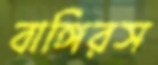
বাঙ্গিরস